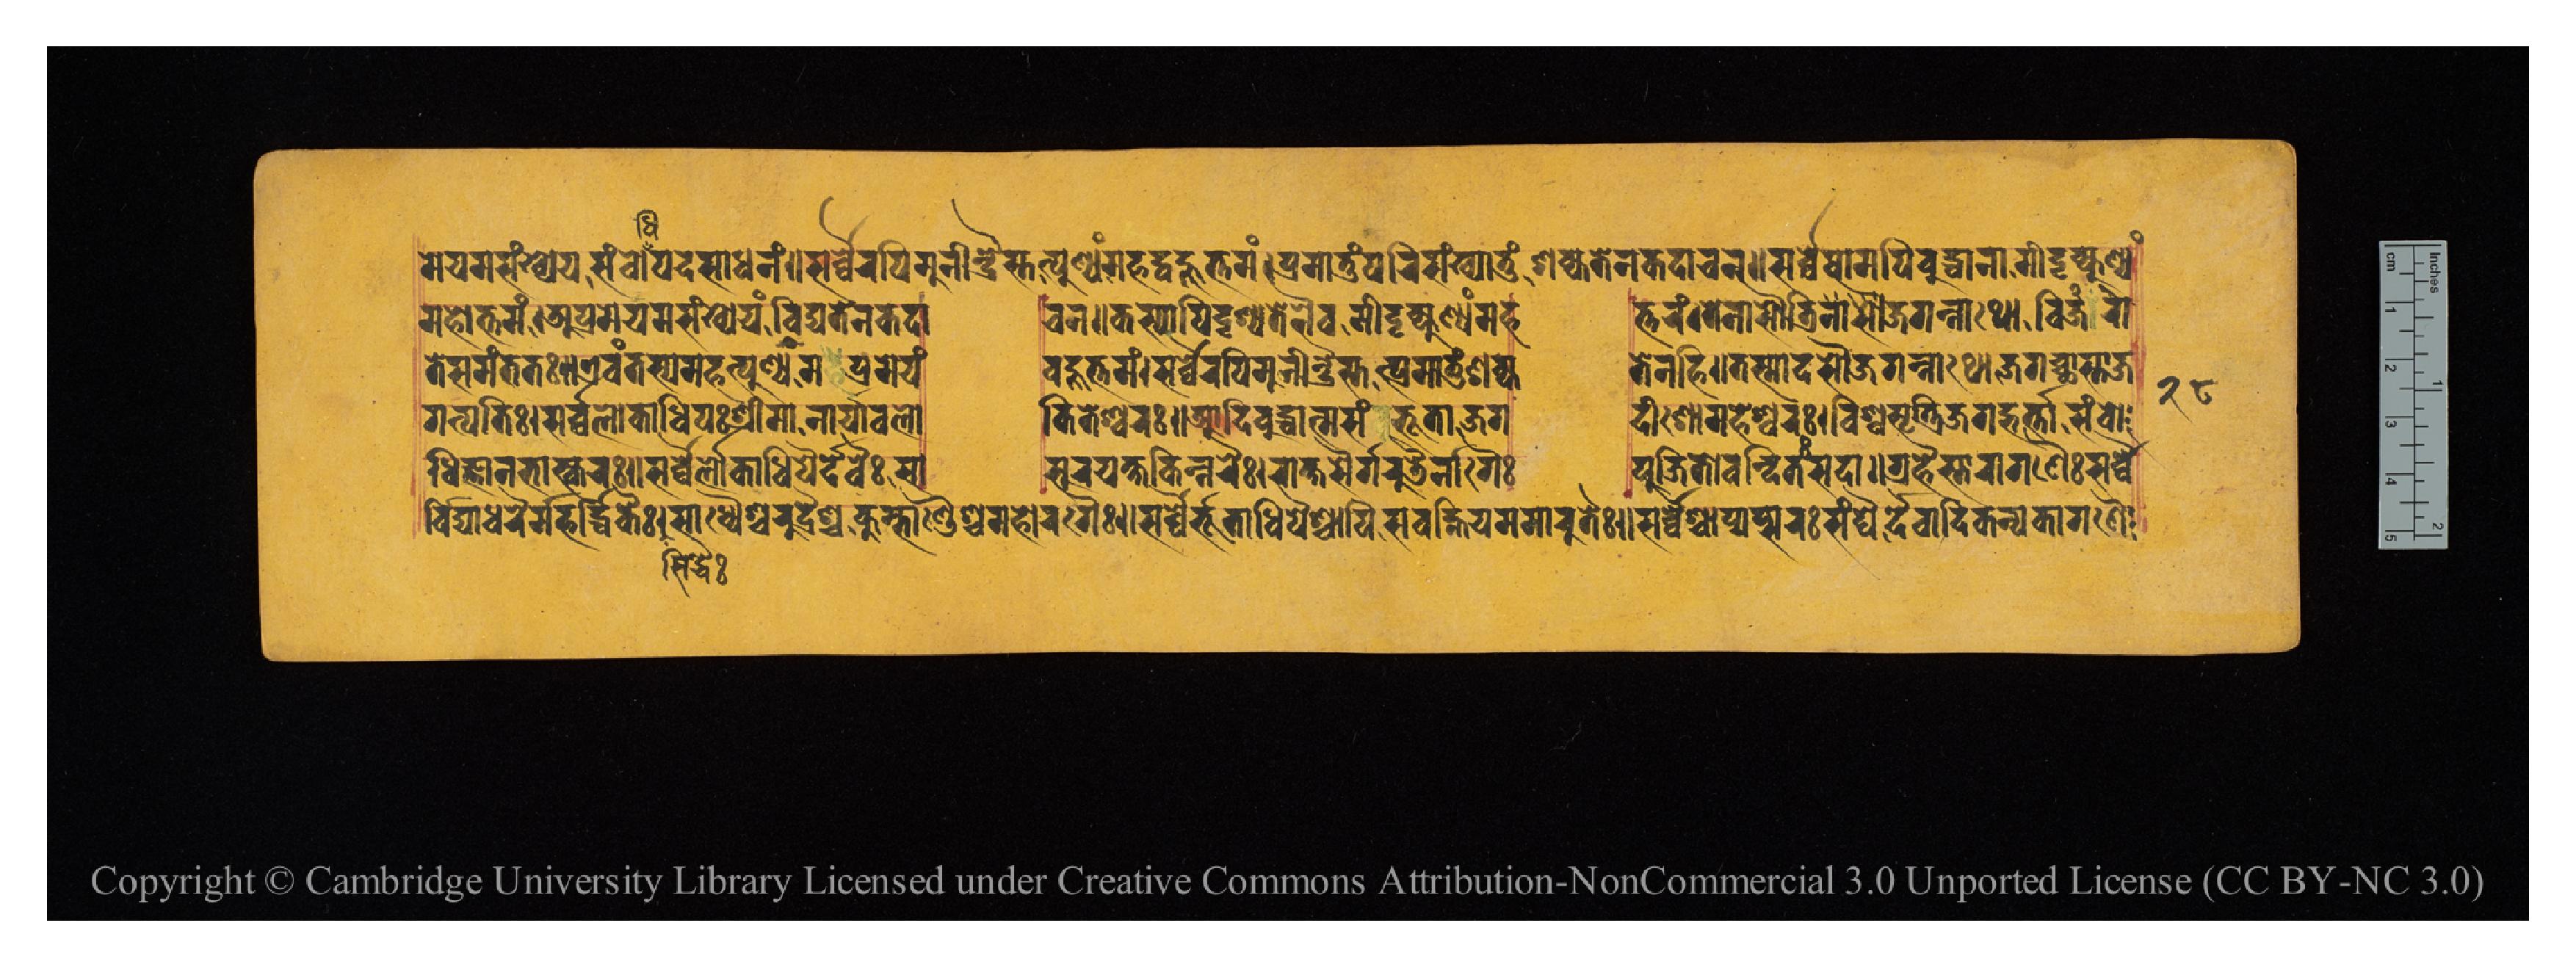
𑐩𑐾𑐫𑐩𑐳𑑄𑐏𑑂𑐫𑐾𑐫𑑄𑐳𑑄𑐧𑑀𑐢𑐶𑐥𑐡𑐳𑐵𑐢𑐣𑑄𑑌𑐳𑐬𑑂𑐰𑑂𑐰𑐿𑐬𑐥𑐶𑐩𑐸𑐣𑐷𑐣𑑂𑐡𑑂𑐬𑐿𑐳𑑂𑐟𑐟𑑂𑐥𑐸𑐞𑑂𑐫𑑄𑐩𑐴𑐡𑑂𑐧𑐴𑐹𑐟𑑂𑐟𑐩𑑄𑑋𑐥𑑂𑐬𑐩𑐵𑐟𑐸𑑄𑐥𑐬𑐶𑐳𑑄𑐏𑑂𑐫𑐵𑐟𑐸𑑄𑐱𑐎𑑂𑐫𑐟𑐾𑐣𑐎𑐡𑐵𑐔𑐣𑑌𑐳𑐬𑑂𑐰𑑂𑐰𑐾𑐲𑐵𑐩𑐥𑐶𑐧𑐸𑐡𑑂𑐢𑐵𑐣𑐵𑐩𑐷𑐡𑐺𑐎𑑂𑐥𑐸𑐞𑑂𑐫𑑄 𑐩𑐴𑑀𑐟𑑂𑐟𑐩𑑄𑑋𑐀𑐥𑑂𑐬𑐩𑐾𑐫𑐳𑑄𑐏𑑂𑐫𑐾𑐫𑑄𑐰𑐶𑐡𑑂𑐫𑐟𑐾𑐣𑐎𑐡𑐵 𑐔𑐣𑑌𑐎𑐳𑑂𑐫𑐵𑐥𑐶𑐡𑐺𑐱𑑂𑐫𑐟𑐾𑐣𑐿𑐰𑐩𑐷𑐡𑐺𑐎𑑂𑐥𑐸𑐞𑑂𑐫𑑄𑐩𑐴  𑐟𑑂𑐟𑐬𑑄𑑋𑐟𑐾𑐣𑐵𑐳𑑁𑐟𑑂𑐬𑐶𑐐𑐖𑐐𑐣𑑂𑐣𑐵𑐠𑑀𑐰𑐶𑐖𑐬𑑀 𑐟𑐾𑐳𑐩𑐣𑑂𑐟𑐟𑑅𑑌𑐊𑐰𑑄𑐟𑐳𑑂𑐫𑐩𑐴𑐟𑑂𑐥𑐸𑐞𑑂𑐫𑐥𑑂𑐬𑐩𑐾𑐫𑑄  𑐧𑐴𑐸𑐟𑑂𑐟𑐩𑑄𑑋𑐳𑐬𑑂𑐰𑑂𑐰𑐿𑐬𑐥𑐶𑐩𑐸𑐣𑐷𑐣𑑂𑐡𑑂𑐬𑐿𑐳𑑂𑐟𑐟𑑂𑐥𑑂𑐬𑐩𑐵𑐟𑐸𑑄𑐱𑐎𑑂𑐫  𑐟𑐾𑐣𑐴𑐶𑑌𑐟𑐳𑑂𑐩𑐵𑐡𑐳𑑁𑐖𑐐𑐣𑑂𑐣𑐵𑐠𑑀𑐖𑐐𑐔𑑂𑐕𑐵𑐳𑑂𑐟𑐵𑐖 𑐐𑐟𑑂𑐥𑐟𑐶𑑅𑑋𑐳𑐬𑑂𑐰𑑂𑐰𑐮𑑀𑐎𑐵𑐢𑐶𑐥𑑅𑐱𑑂𑐬𑐷𑐩𑐵𑐣𑐵𑐬𑑂𑐫𑐵𑐰𑐮𑑀    𑐎𑐶𑐟𑐾𑐱𑑂𑐰𑐬𑑅𑑌𑐁𑐡𑐶𑐧𑐸𑐡𑑂𑐢𑐵𑐟𑑂𑐩𑐳𑑄𑐨𑐹𑐟𑑀𑐖𑐐  𑐡𑐷𑐱𑑀𑐩𑐴𑐾𑐱𑑂𑐰𑐬𑑅𑑋𑐰𑐶𑐱𑑂𑐰𑐳𑐺𑐎𑑂𑐟𑑂𑐬𑐶𑐖𑐐𑐡𑑂𑐨𑐬𑑂𑐟𑑂𑐟𑐵𑐳𑑄𑐧𑑀 𑐰𑐶𑐡𑑂𑐫𑐵𑐢𑐬𑐿𑐬𑑂𑐩𑐴𑐬𑑂𑐡𑑂𑐢𑐶𑐎𑐿𑑅𑑋𑐳𑐵𑐢𑑂𑐫𑐿𑐱𑑂𑐔𑐬𑐸𑐡𑑂𑐬𑐿𑐱𑑂𑐔𑐎𑐸𑐩𑑂𑐨𑐵𑐞𑑂𑐜𑐿𑐱𑑂𑐔𑐩𑐴𑑀𑐬𑐐𑐿𑑅𑑋𑐳𑐬𑑂𑐰𑑂𑐰𑐿𑐬𑑂𑐨𑐹𑐟𑐵𑐢𑐶𑐥𑐿𑐱𑑂𑐔𑐵𑐥𑐶𑐳𑐰𑐴𑑂𑐣𑐶𑐬𑑂𑐫𑐩𑐩𑐵𑐬𑐸𑐟𑐿𑑅𑑌𑐳𑐬𑑂𑐰𑑂𑐰𑐿𑐱𑑂𑐔𑐵𑐥𑑂𑐫𑐥𑑂𑐳𑐬𑑅𑐳𑐬𑑂𑐰𑑂𑐰𑐿𑐬𑑂𑐡𑐿𑐰𑐵𑐡𑐶𑐎𑐣𑑂𑐫𑐎𑐵𑐐𑐞𑐿 𑐢𑐶𑐖𑑂𑐘𑐵𑐣𑐨𑐵𑐳𑑂𑐎𑐬𑑅𑑌𑐳𑐬𑑂𑐰𑑂𑐰𑐿𑑅𑐮𑑀𑐎𑐵𑐢𑐶𑐥𑐿𑐬𑑂𑐡𑐾𑐰𑐿𑑅𑐳𑐵  𑐳𑐸𑐬𑐫𑐎𑑂𑐲𑐎𑐶𑐣𑑂𑐣𑐬𑐿𑑅𑑋𑐬𑐵𑐎𑑂𑐲𑐳𑐿𑐬𑑂𑐐𑐬𑐸𑐜𑐿𑐬𑑂𑐣𑐵𑐐𑐿𑑅  𑐥𑐹𑐖𑐶𑐟𑑀𑐰𑐣𑑂𑐡𑐶𑐟𑑅𑐳𑐡𑐵𑑌𑐐𑑂𑐬𑐴𑐿𑐳𑑂𑐟𑐵𑐬𑐵𑐐𑐞𑐿𑑅𑐳𑐬𑑂𑐰𑑂𑐰𑐿 𑑒𑑘